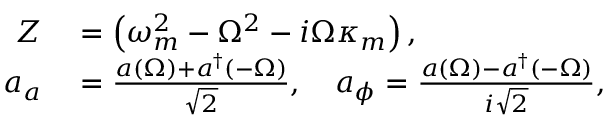
\begin{array} { r l } { Z } & { { } = \left( \omega _ { m } ^ { 2 } - \Omega ^ { 2 } - i \Omega \kappa _ { m } \right) , } \\ { a _ { a } } & { { } = \frac { a ( \Omega ) + a ^ { \dag } ( - \Omega ) } { \sqrt 2 } , \quad a _ { \phi } = \frac { a ( \Omega ) - a ^ { \dag } ( - \Omega ) } { i \sqrt 2 } , } \end{array}